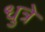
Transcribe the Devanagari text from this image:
धुत्रे